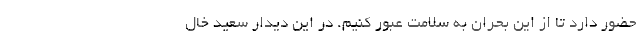
حضور دارد تا از این بحران به سلامت عبور کنیم. در این دیدار سعید خال